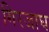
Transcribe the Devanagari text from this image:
गिरजाघ